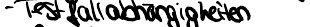
- Testfallabhängigkeiten